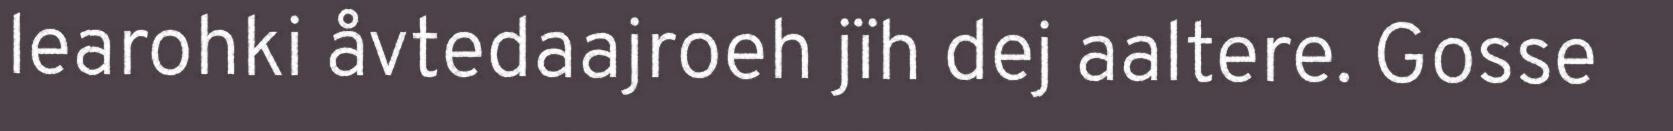
learohki åvtedaajroeh jïh dej aaltere. Gosse